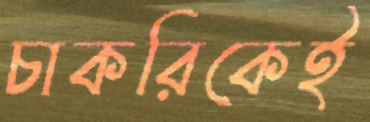
চাকরিকেই